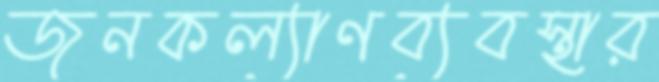
জনকল্যাণব্যবস্থার